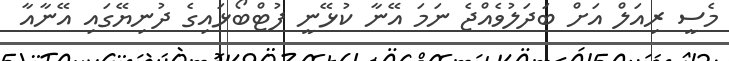
މެސީ ރިއަލް އަށް ބަދަލުވެއްޖެ ނަމަ އޭނާ ކުޅޭނީ ފުޓްބޯޅައިގެ ދުނިޔޭގައި އޭނާއާ